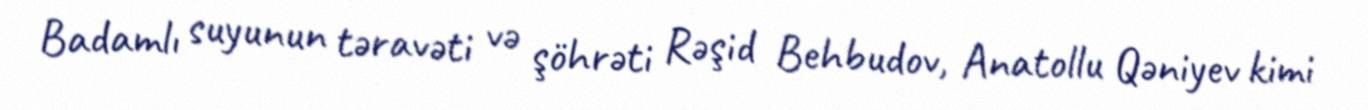
Badamlı suyunun təravəti və şöhrəti Rəşid Behbudov, Anatollu Qəniyev kimi